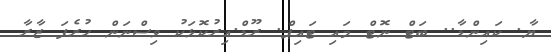
ޔާ. ކައިންޑާ.. ބަޓް ނޮޓް މައި ޓައިޕް. ރޫޑް.އިރުކޮޅަކު ވިސްނަން ހުރެފަ ޒާރާ